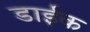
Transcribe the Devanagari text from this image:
डाईक